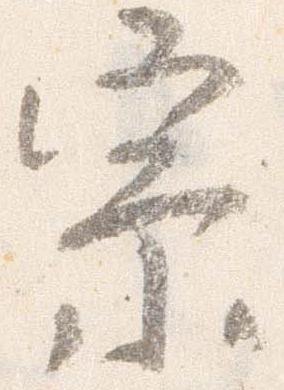
宗